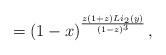
LaTeX: \begin{align*} = \left( 1-x \right)^{\frac{z(1+z) Li_2(y)}{(1-z)^3}}, \end{align*}